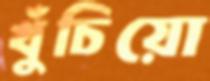
খুঁচিয়ো